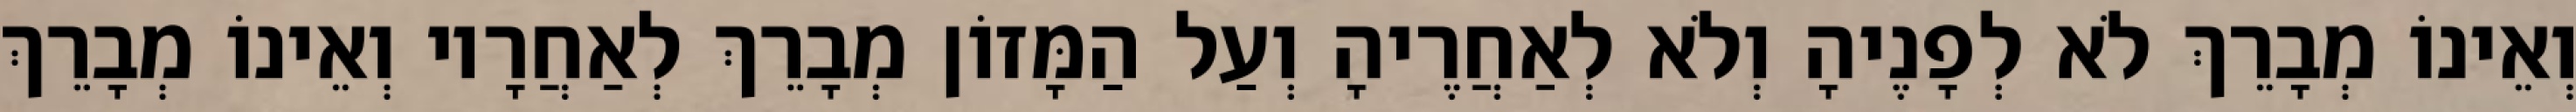
וְאֵינוֹ מְבָרֵךְ לֹא לְפָנֶיהָ וְלֹא לְאַחֲרֶיהָ וְעַל הַמָּזוֹן מְבָרֵךְ לְאַחֲרָיו וְאֵינוֹ מְבָרֵךְ